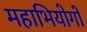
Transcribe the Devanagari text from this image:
महाभियोगों